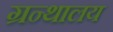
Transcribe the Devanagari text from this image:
ग्रन्‍थालय